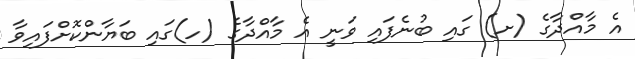
އެ މާއްދާގެ (ށ) ގައި ބުނެފައި ވަނީ އެ މާއްދާގެ (ހ)ގައި ބަޔާންކޮށްފައިވާ